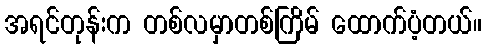
အရင်တုန်းက တစ်လမှာတစ်ကြိမ် ထောက်ပံ့တယ်။